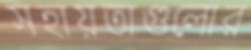
সহায়তাগুলোর